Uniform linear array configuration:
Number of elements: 4
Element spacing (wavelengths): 0.5
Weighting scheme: hamming
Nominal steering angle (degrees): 45
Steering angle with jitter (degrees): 43.915
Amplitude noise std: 0.05
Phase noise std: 0.05

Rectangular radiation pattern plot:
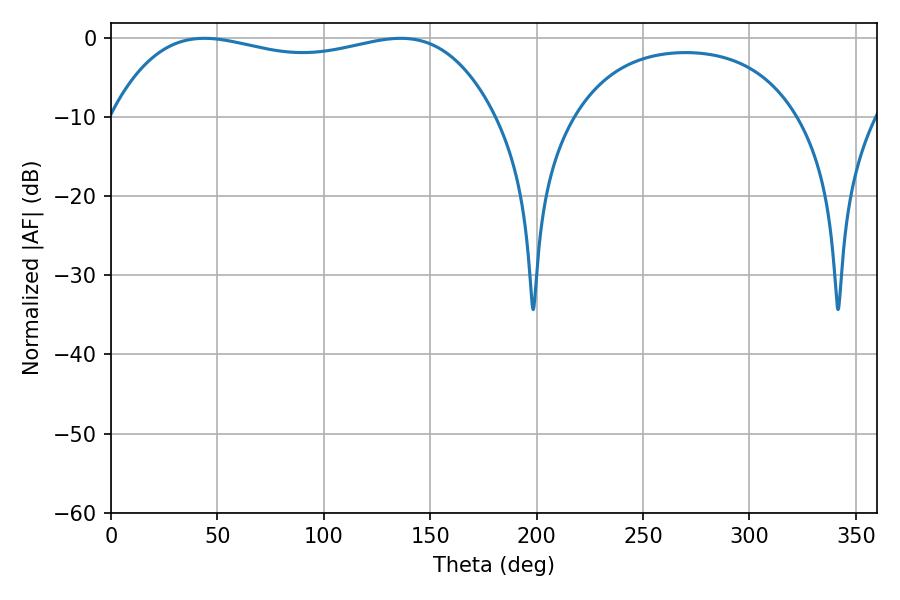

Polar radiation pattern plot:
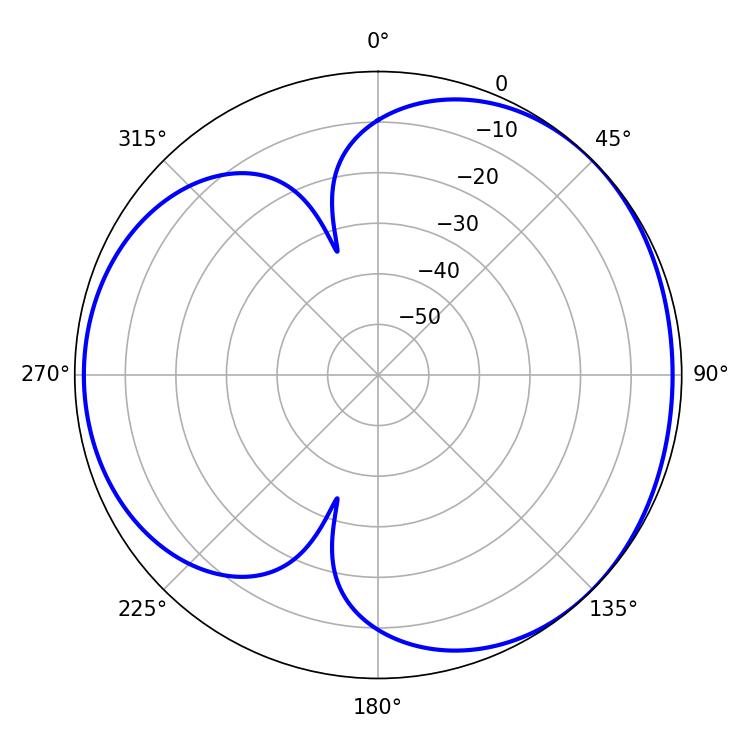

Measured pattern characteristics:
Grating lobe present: FALSE
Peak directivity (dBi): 3.764
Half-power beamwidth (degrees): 145.44
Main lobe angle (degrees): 43.92